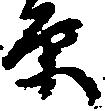
原